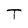
Character: T